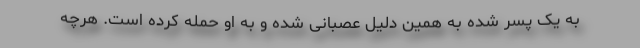
به یک پسر شده به همین دلیل عصبانی شده و به او حمله کرده است. هرچه